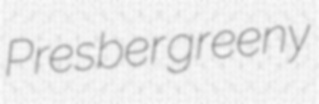
Presber greeny